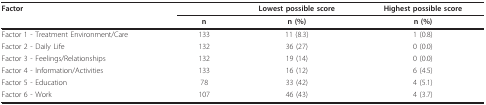
| Factor |  | Lowest possible score | Highest possible score |
 |  | n | n (%) | n (%) |
 | --- | --- | --- | --- |
 | Factor 1 - Treatment Environment/Care | 133 | 11 (8.3) | 1 (0.8) |
 | Factor 2 - Daily Life | 132 | 36 (27) | 0 (0.0) |
 | Factor 3 - Feelings/Relationships | 132 | 19 (14) | 0 (0.0) |
 | Factor 4 - Information/Activities | 133 | 16 (12) | 6 (4.5) |
 | Factor 5 - Education | 78 | 33 (42) | 4 (5.1) |
 | Factor 6 - Work | 107 | 46 (43) | 4 (3.7) |